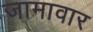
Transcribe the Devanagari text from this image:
जामावार